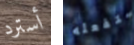
أسترد ستفعله